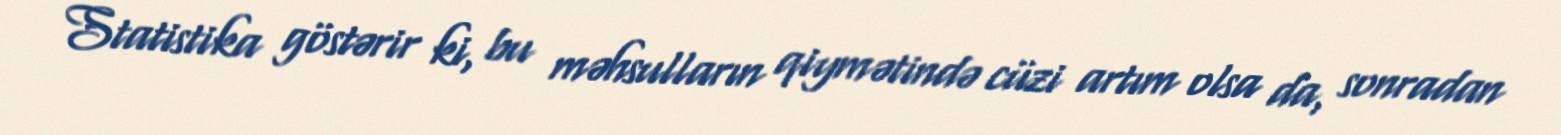
Statistika göstərir ki, bu məhsulların qiymətində cüzi artım olsa da, sonradan